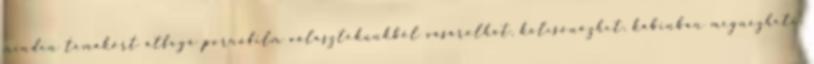
minden témakört átfogó pornófilm választékunkból vásárolhat, kölcsönözhet, kabinban megnézheti.